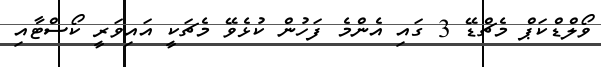
ވޯލްޑްކަޕް މެޗްޑޭ 3 ގައި އެންމެ ފަހުން ކުޅެވޭ މެޗަކީ އައިވަރީ ކޯސްޓާއި